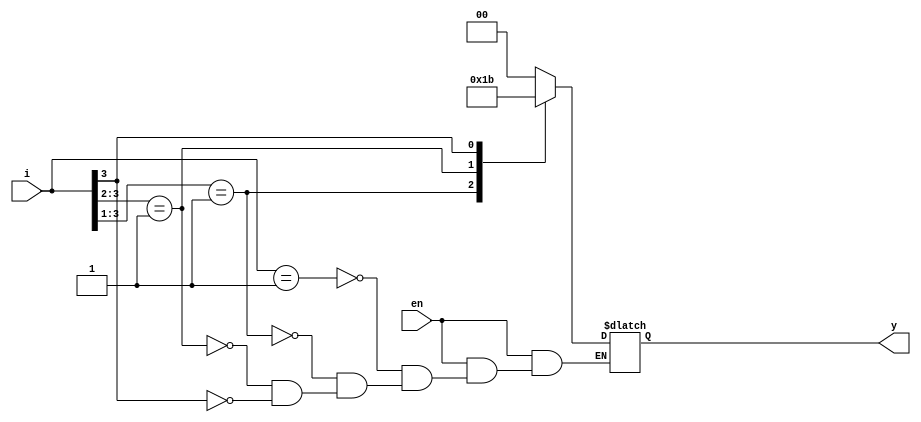
module prioren(i, en,y);

input [3:0]i;
input en;
output reg [1:0]y;

always @(*) begin
if (en==0) y=2'bz; //active low enable
else
casex(i) 
4'b0001: y=0;
4'b001x: y=1;
4'b01xx: y=2;
4'b1xxx: y=3;
endcase
end 
endmodule